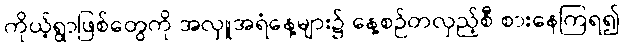
ကိုယ့်ရွာဖြစ်တွေကို အလှူအရံနေ့များ၌ နေ့စဉ်တလှည့်စီ စားနေကြရ၍